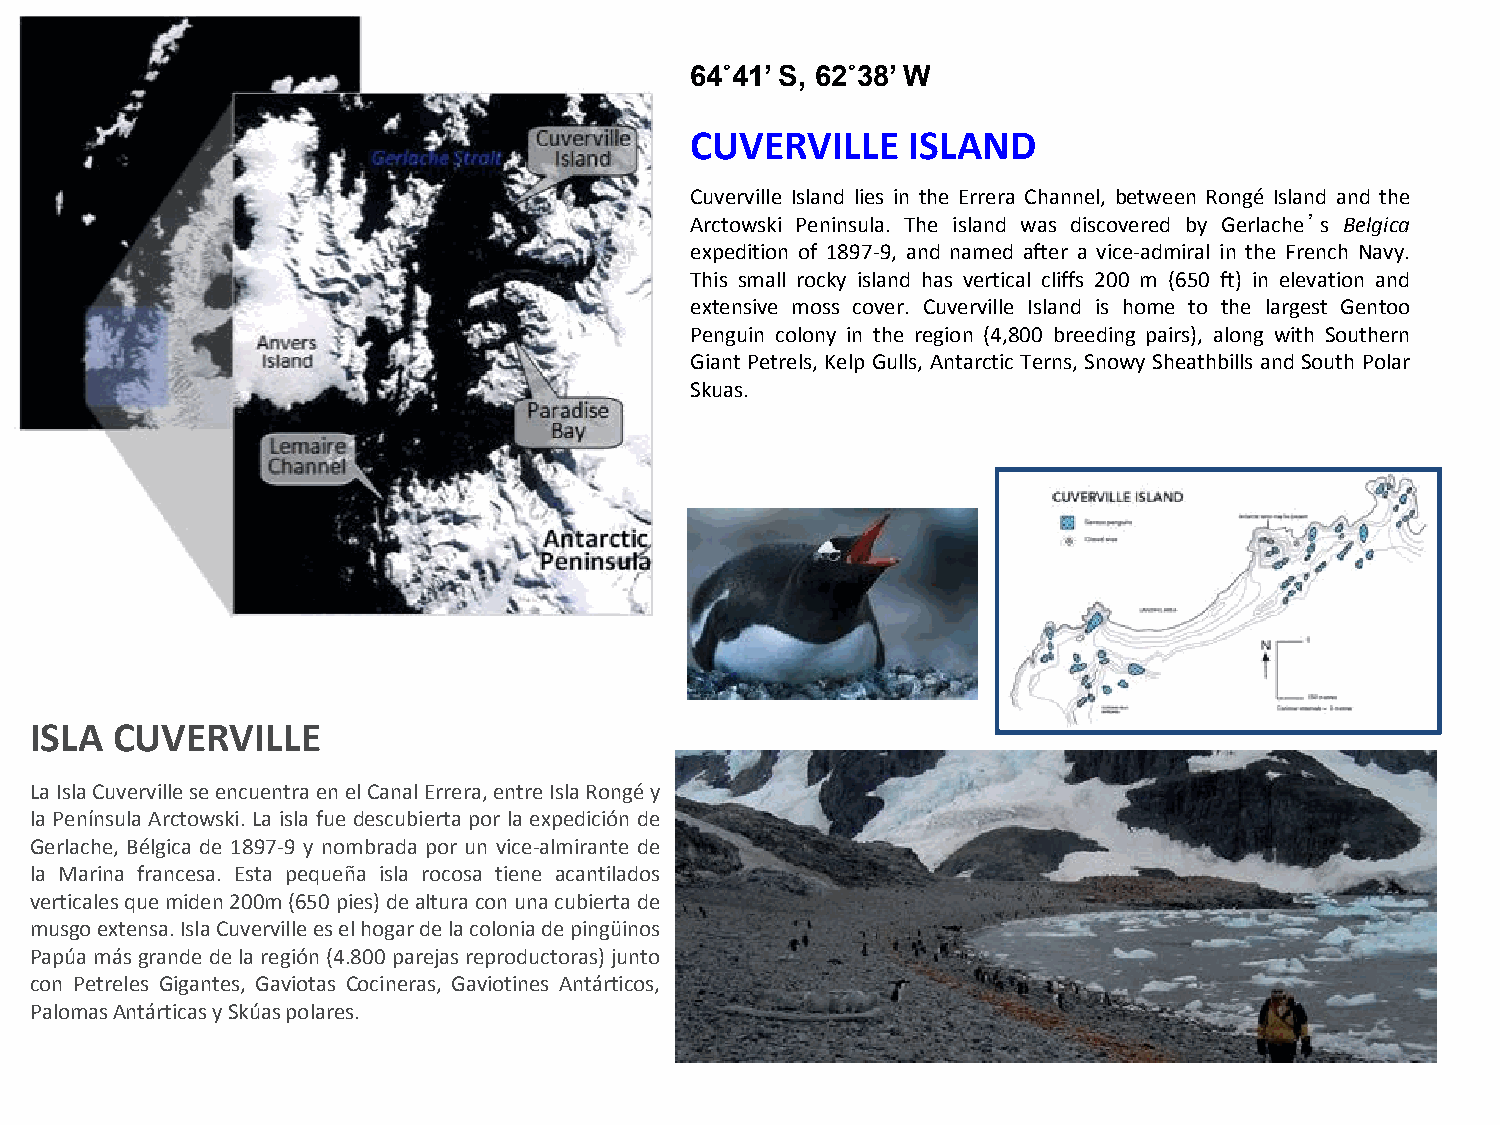
64˚41’ S, 62˚38’ W
 CUVERVILLE    ISLAND
 Cuverville Island lies in the Errera Channel, between Rongé Island and the
 Arctowski Peninsula. The island was discovered by Gerlache’s Belgica
 expedition of 1897-9, and named after a vice-admiral in the French Navy.
 This small rocky island has vertical cliffs 200 m (650 ft) in elevation and
 extensive moss cover. Cuverville Island is home to the largest Gentoo
 Penguin colony in the region (4,800 breeding pairs), along with Southern
 Giant Petrels, Kelp Gulls, Antarctic Terns, Snowy Sheathbills and South Polar
 Skuas.
 ISLA CUVERVILLE
 La Isla Cuverville se encuentra en el Canal Errera, entre Isla Rongé y
 la Península Arctowski. La isla fue descubierta por la expedición de
 Gerlache, Bélgica de 1897-9 y nombrada por un vice-almirante de
 la Marina francesa. Esta pequeña isla rocosa tiene acantilados
 verticales que miden 200m (650 pies) de altura con una cubierta de
 musgo extensa. Isla Cuverville es el hogar de la colonia de pingüinos
 Papúa más grande de la región (4.800 parejas reproductoras) junto
 con Petreles Gigantes, Gaviotas Cocineras, Gaviotines Antárticos,
 Palomas Antárticas y Skúas polares.